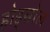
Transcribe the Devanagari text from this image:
होड्सोल